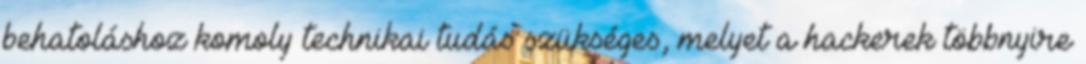
behatoláshoz komoly technikai tudás szükséges, melyet a hackerek többnyire